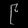
Digit: ၉